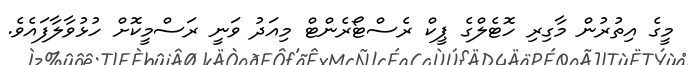
މީގެ އިތުރުން މާގިރި ހޮޓެލްގެ ޕީކް ރެސްޓޯރެންޓް މިއަދު ވަނީ ރަސްމީކޮށް ހުޅުވާލާފައެވެ.